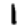
Digit: 1